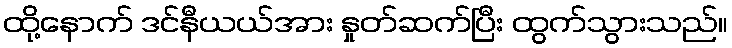
ထို့နောက် ဒင်နီယယ်အား နှုတ်ဆက်ပြီး ထွက်သွားသည်။